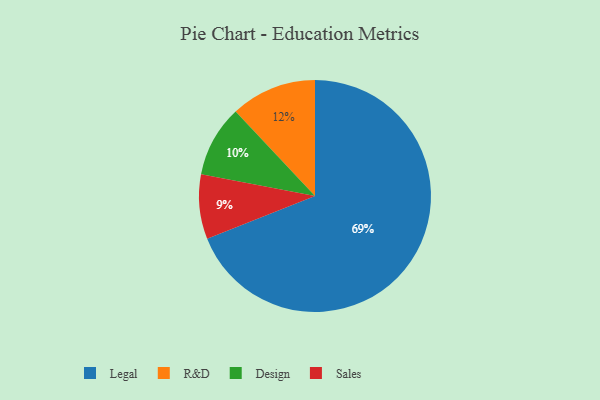
{"axis": {"x": "Category", "y": "Percentage"}, "legend": ["Design", "Legal", "R&D", "Sales"], "data": [{"x": "Design", "y": 10, "type": "Design"}, {"x": "Legal", "y": 69, "type": "Legal"}, {"x": "R&D", "y": 12, "type": "R&D"}, {"x": "Sales", "y": 9, "type": "Sales"}]}